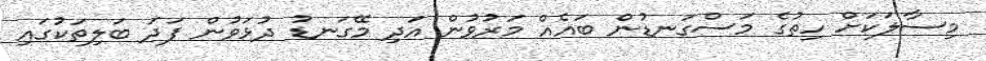
މިސާލަކަށް ހިތުގެ މަސްގަނޑުން ބައެއް މަރުވުން އަދި މޭގަނޑު ދުޅަވުން ފަދަ ބަލިތަކުގައި